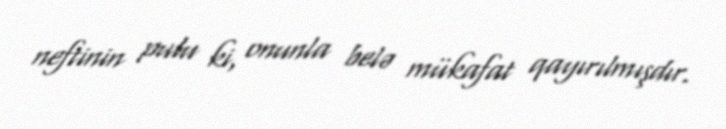
neftinin pulu ki, onunla belə mükafat qayırılmışdır.